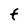
Character: F